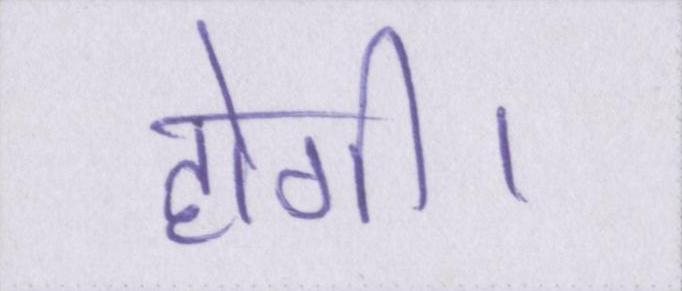
होगी।